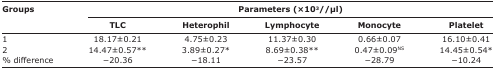
<table><thead><tr><td rowspan="3"><b>Groups</b></td><td colspan="5"><b>Parameters (×10<sup>3</sup>//μl)</b></td></tr><tr><td><b>TLC</b></td><td><b>Heterophil</b></td><td><b>Lymphocyte</b></td><td><b>Monocyte</b></td><td><b>Platelet</b></td></tr></thead><tbody><tr><td>1</td><td>18.17±0.21</td><td>4.75±0.23</td><td>11.37±0.30</td><td>0.66±0.07</td><td>16.10±0.41</td></tr><tr><td>2</td><td>14.47±0.57**</td><td>3.89±0.27*</td><td>8.69±0.38**</td><td>0.47±0.09<sup>NS</sup></td><td>14.45±0.54*</td></tr><tr><td>% difference</td><td>−20.36</td><td>−18.11</td><td>−23.57</td><td>−28.79</td><td>−10.24</td></tr></tbody></table>